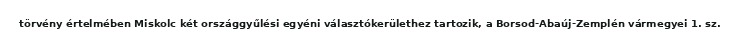
törvény értelmében Miskolc két országgyűlési egyéni választókerülethez tartozik, a Borsod-Abaúj-Zemplén vármegyei 1. sz.